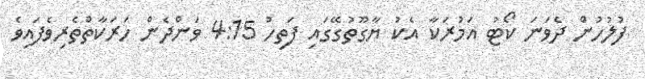
ފުލުހުން ދެވަނަ ކޯޓު އަމުރަކާ އެކު ޔާގޫތުގޭގައި ފަތިހު 4:15 ވަންދެން ހަރަކާތްތެރިވެފައިވެ